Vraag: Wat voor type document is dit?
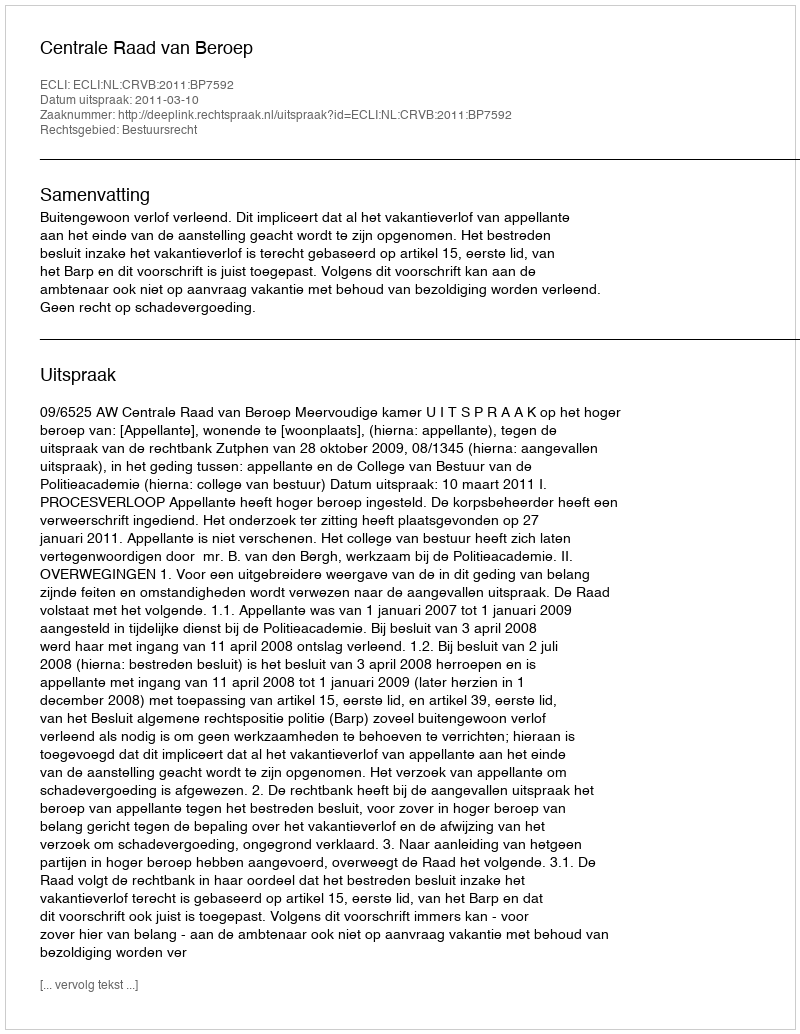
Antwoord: Uitspraak